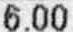
6.00